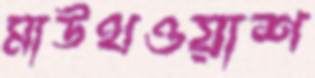
মাউথওয়াশ